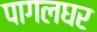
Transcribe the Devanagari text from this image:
पागलघर